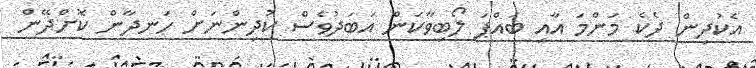
އެކުދިން ދެކެ މަންމަ އާއި ބައްޕަ ލޯބިވާކަން އަބަދުވެސް ކުދިންނަށް ހަނދާން ކޮށްދޭން